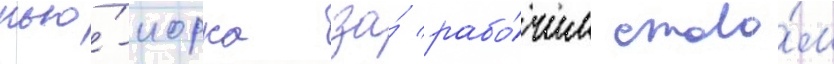
нью́-иорка за́ рабо́чим столо́м